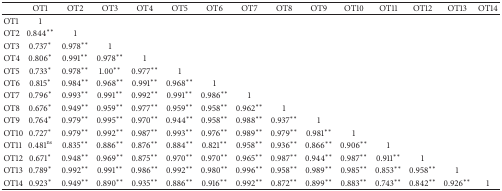
<table><thead><tr><td><b> </b></td><td><b>OT1</b></td><td><b>OT2</b></td><td><b>OT3</b></td><td><b>OT4</b></td><td><b>OT5</b></td><td><b>OT6</b></td><td><b>OT7</b></td><td><b>OT8</b></td><td><b>OT9</b></td><td><b>OT10</b></td><td><b>OT11</b></td><td><b>OT12</b></td><td><b>OT13</b></td><td><b>OT14</b></td></tr></thead><tbody><tr><td>OT1</td><td>1</td><td> </td><td> </td><td> </td><td> </td><td> </td><td> </td><td> </td><td> </td><td> </td><td> </td><td> </td><td> </td><td> </td></tr><tr><td>OT2</td><td>0.844**</td><td>1</td><td> </td><td> </td><td> </td><td> </td><td> </td><td> </td><td> </td><td> </td><td> </td><td> </td><td> </td><td> </td></tr><tr><td>OT3</td><td>0.737*</td><td>0.978**</td><td>1</td><td> </td><td> </td><td> </td><td> </td><td> </td><td> </td><td> </td><td> </td><td> </td><td> </td><td> </td></tr><tr><td>OT4</td><td>0.806*</td><td>0.991**</td><td>0.978**</td><td>1</td><td> </td><td> </td><td> </td><td> </td><td> </td><td> </td><td> </td><td> </td><td> </td><td> </td></tr><tr><td>OT5</td><td>0.733*</td><td>0.978**</td><td>1.00**</td><td>0.977**</td><td>1</td><td> </td><td> </td><td> </td><td> </td><td> </td><td> </td><td> </td><td> </td><td> </td></tr><tr><td>OT6</td><td>0.815*</td><td>0.984**</td><td>0.968**</td><td>0.991**</td><td>0.968**</td><td>1</td><td> </td><td> </td><td> </td><td> </td><td> </td><td> </td><td> </td><td> </td></tr><tr><td>OT7</td><td>0.796*</td><td>0.993**</td><td>0.991**</td><td>0.992**</td><td>0.991**</td><td>0.986**</td><td>1</td><td> </td><td> </td><td> </td><td> </td><td> </td><td> </td><td> </td></tr><tr><td>OT8</td><td>0.676*</td><td>0.949**</td><td>0.959**</td><td>0.977**</td><td>0.959**</td><td>0.958**</td><td>0.962**</td><td>1</td><td> </td><td> </td><td> </td><td> </td><td> </td><td> </td></tr><tr><td>OT9</td><td>0.764*</td><td>0.979**</td><td>0.995**</td><td>0.970**</td><td>0.944**</td><td>0.958**</td><td>0.988**</td><td>0.937**</td><td>1</td><td> </td><td> </td><td> </td><td> </td><td> </td></tr><tr><td>OT10</td><td>0.727*</td><td>0.979**</td><td>0.992**</td><td>0.987**</td><td>0.993**</td><td>0.976**</td><td>0.989**</td><td>0.979**</td><td>0.981**</td><td>1</td><td> </td><td> </td><td> </td><td> </td></tr><tr><td>OT11</td><td>0.481<sup>ns</sup></td><td>0.835**</td><td>0.886**</td><td>0.876**</td><td>0.884**</td><td>0.821**</td><td>0.958**</td><td>0.936**</td><td>0.866**</td><td>0.906**</td><td>1</td><td> </td><td> </td><td> </td></tr><tr><td>OT12</td><td>0.671*</td><td>0.948**</td><td>0.969**</td><td>0.875**</td><td>0.970**</td><td>0.970**</td><td>0.965**</td><td>0.987**</td><td>0.944**</td><td>0.987**</td><td>0.911**</td><td>1</td><td> </td><td> </td></tr><tr><td>OT13</td><td>0.789*</td><td>0.992**</td><td>0.991**</td><td>0.986**</td><td>0.992**</td><td>0.980**</td><td>0.996**</td><td>0.958**</td><td>0.989**</td><td>0.985**</td><td>0.853**</td><td>0.958**</td><td>1</td><td> </td></tr><tr><td>OT14</td><td>0.923*</td><td>0.949**</td><td>0.890**</td><td>0.935**</td><td>0.886**</td><td>0.916**</td><td>0.992**</td><td>0.872**</td><td>0.899**</td><td>0.883**</td><td>0.743**</td><td>0.842**</td><td>0.926**</td><td>1</td></tr></tbody></table>